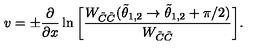
v = \pm { \frac { \partial } { \partial x } } \ln \bigg [ { \frac { W _ { \tilde { C } \tilde { C } } ( \tilde { \theta } _ { 1 , 2 } \rightarrow \tilde { \theta } _ { 1 , 2 } + \pi / 2 ) } { W _ { \tilde { C } \tilde { C } } } } \bigg ] .